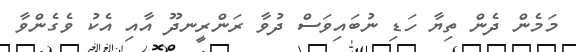
މަމެން ދެން ތިޔާ ހަޑި ނުބައިވަސް ދުވާ ރަންރީނދޫ އާއި އެކު ވެެގެންވާ